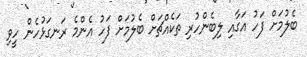
ބެލުމަށް ފަހު އަގާއި ލިބެންހުރި ތަކެއްޗަށް ބެލުމަށް ފަހު އެންމެ ރަނގަޅުހެން ހީވި